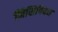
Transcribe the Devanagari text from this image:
मिसिपियन